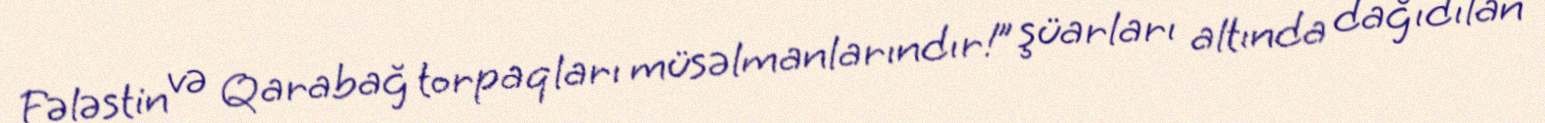
Fələstin və Qarabağ torpaqları müsəlmanlarındır!” şüarları altında dağıdılan